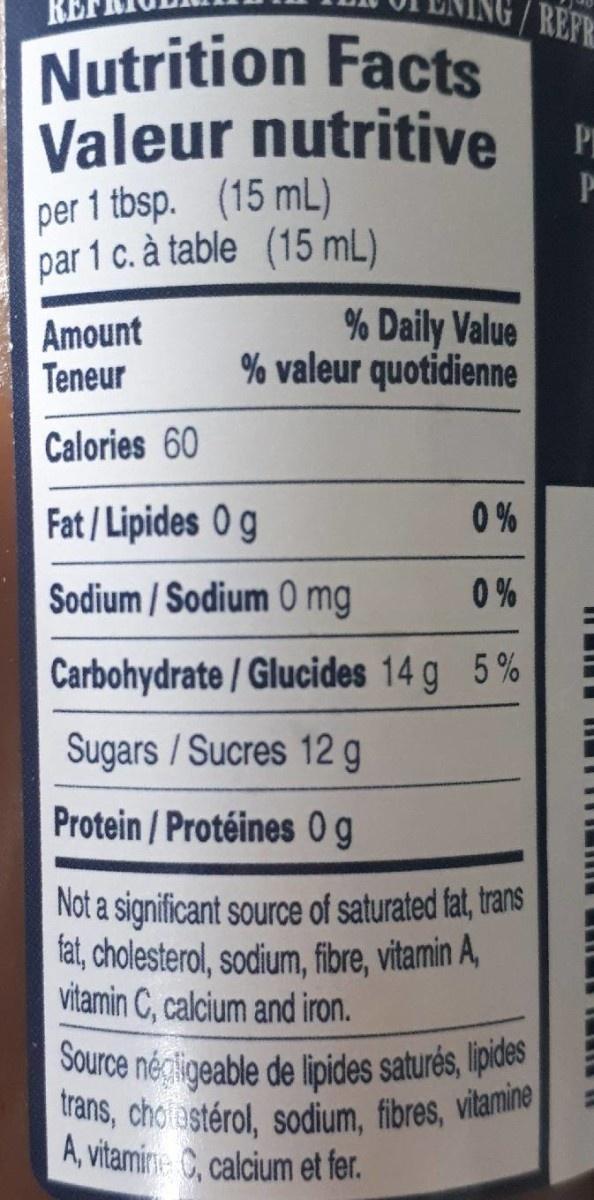
REPR
Nutrition Facts Valeur nutritive per 1 tbsp. (15 mL) par 1 c. à table (15 mL)
Pr
Amount Teneur
% Daily Value % valeur quotidienne
Calories 60
Fat/ Lipides 0 g
0 %
Sodium / Sodium 0 mg
0 %
Carbohydrate / Glucides 14 g 5%
Sugars / Sucres 12 g
Protein / Protéines 0g
Not a significant source of saturated fat, trans fat, cholesterol, sodium, fibre, vitamin A, vitamin C, calcium and iron.
Source négligeable de lipides saturés, lipides
trans, choiestérol, sodium, fibres, vitamine A, vitamirne C, calcium et fer.